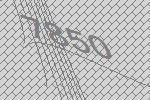
7850